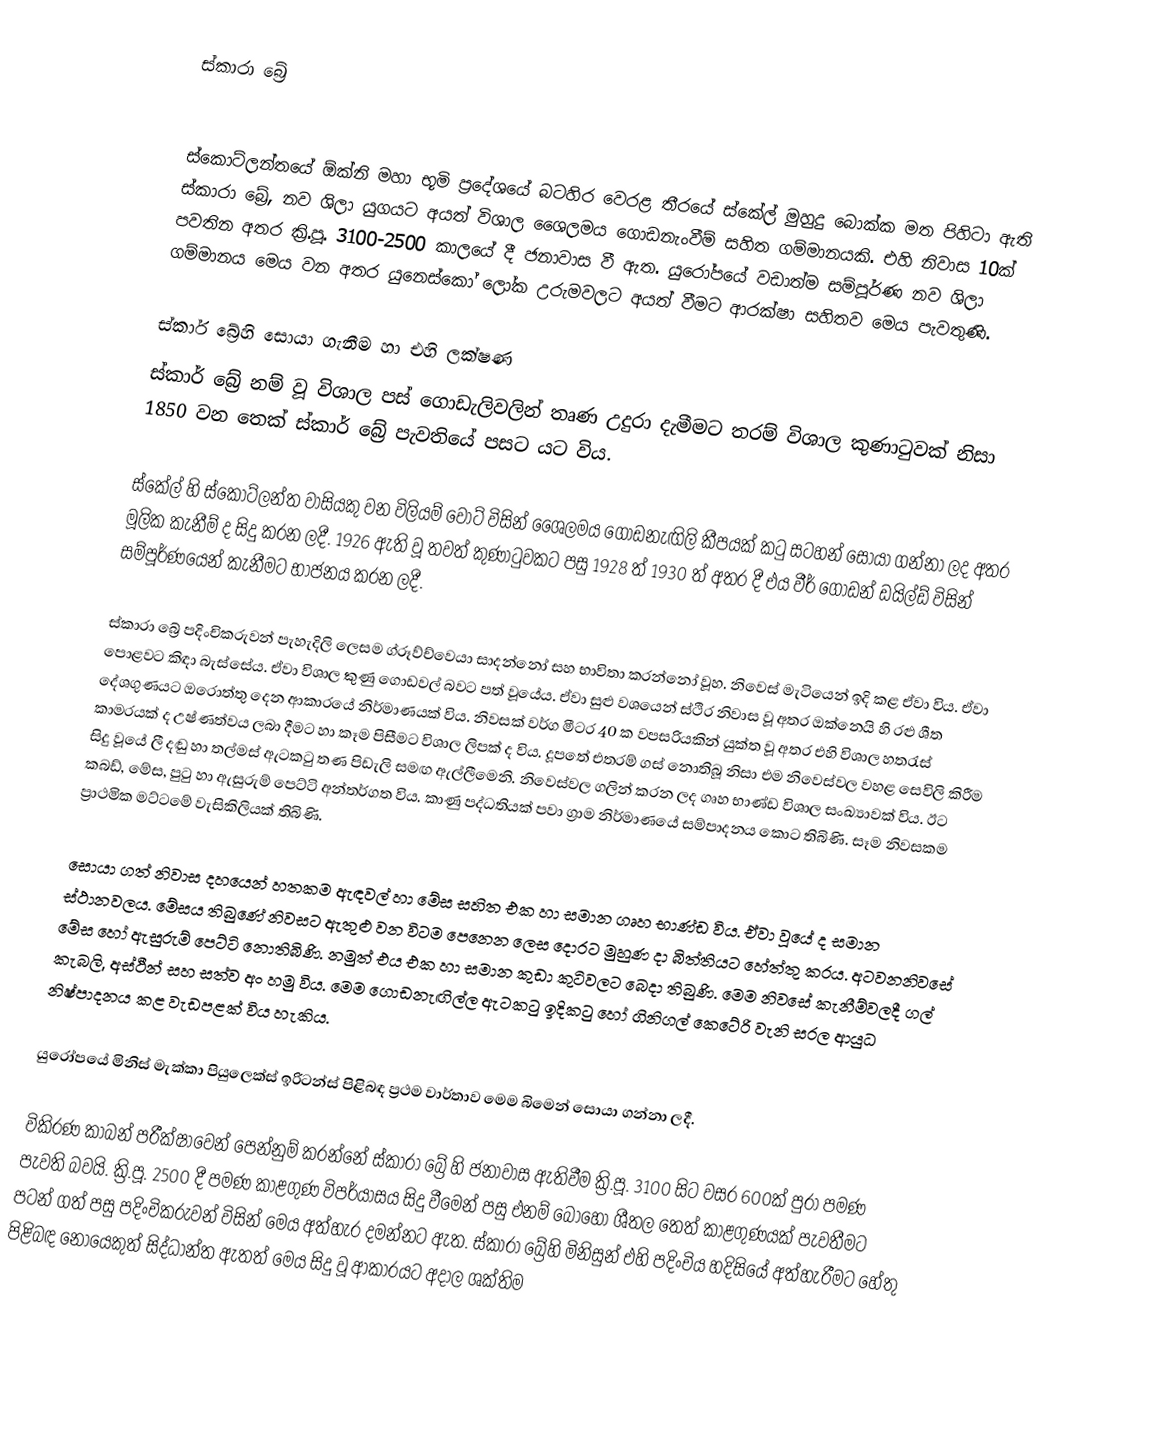
ස්කාරා බ්‍රේ

ස්කොට්ලන්තයේ ඕක්නි මහා භූමි ප්‍රදේශයේ බටහිර වෙරළ තීරයේ ස්කේල් මුහුදු බොක්ක මත පිහිටා ඇති ස්කාරා බ්‍රේ, නව ශිලා යුගයට අයත් විශාල ශෛලමය ගොඩනැංවී‍ම් සහිත ගම්මානයකි. එහි නිවාස 10ක් පවතින අතර ක්‍රි.පූ. 3100-2500 කාලයේ දී ජනාවාස වී ඇත. යුරෝපයේ වඩාත්ම සම්පූර්ණ නව ශිලා ගම්මානය මෙය වන අතර යුනෙස්කෝ ලෝක උරුමවලට අයත් වීමට ආරක්ෂා සහිතව මෙය පැවතුණි.

ස්කාර් බ්‍රේහි සොයා ගැනීම හා එහි ලක්ෂණ
ස්කාර් බ්‍රේ නම් වූ විශාල පස් ගොඩැලිවලින් තෘණ උදුරා දැමීමට තරම් විශාල කුණාටුවක් නිසා 1850 වන තෙක් ස්කාර් බ්‍රේ පැවතියේ පසට යට විය.

ස්කේල් හි ස්කොට්ලන්ත වාසියකු වන විලියම් වොට් විසින් ශෛලමය ගොඩනැඟිලි කීපයක් කටු සටහන් සොයා ගන්නා ලද අතර මූලික කැනීම් ද සිදු කරන ලදී. 1926 ඇති වූ තවත් කුණාටුවකට පසු 1928 ත් 1930 ත් අතර දී එය වීර් ගෝඩන් ඩයිල්ඩ් විසින් සම්පූර්ණයෙන් කැනීමට භාජනය කරන ලදී.

ස්කාරා බ්‍රේ පදිංචිකරුවන් පැහැදිලි ලෙසම ග්රූව්ච්වෙයා සාදන්නෝ සහ භාවිතා කරන්නෝ වූහ. නිවෙස් මැටියෙන් ඉදි කළ ඒවා විය. ඒවා පොළවට කිඳා බැස්සේය. ඒවා විශාල කුණු ගොඩවල් බවට පත් වූයේය. ඒවා සුළු වශයෙන් ස්ථිර නිවාස වූ අතර ඔක්නෙයි හි රළු ශීත දේශගුණයට ඔරොත්තු දෙන ආකාරයේ නිර්මාණයක් විය. නිවසක් වර්ග මීටර 40 ක වපසරියකින් යුක්ත වූ අතර එහි විශාල හතරැස් කාමරයක් ද උෂ්ණත්වය ලබා දීමට හා කෑම පිසීමට විශාල ලිපක් ද විය. දූපතේ එතරම් ගස් නොතිබූ නිසා එම නිවෙස්වල වහළ සෙවිලි කිරීම සිදු වූයේ ලී දඬු හා තල්මස් ඇටකටු තණ පිඩැලි සමඟ ඇල්ලීමෙනි. නිවෙස්වල ගලින් කරන ලද ගෘහ භාණ්ඩ විශාල සංඛ්‍යාවක් විය. ඊට කබඩ්, මේස, පුටු හා ඇසුරුම් පෙට්ටි අන්තර්ගත විය. කාණු පද්ධතියක් පවා ග්‍රාම නිර්මාණයේ සම්පාදනය කොට තිබිණි. සෑම නිවසකම ප්‍රාථමික මට්ටමේ වැසිකිලියක් තිබිණි.

සොයා ගත් නිවාස දහයෙන් හතකම ඇඳවල් හා මේස සහිත එක හා සමාන ගෘහ භාණ්ඩ විය. ඒවා වූයේ ද සමාන ස්ථානවලය. මේසය තිබුණේ නිවසට ඇතුළු වන විටම පෙනෙන ලෙස දොරට මුහුණ දා බිත්තියට හේත්තු කරය. අටවනනිවසේ මේස හෝ ඇසුරුම් පෙට්ටි නොතිබිණි. නමුත් එය එක හා සමාන කුඩා කුටිවලට බෙදා තිබුණි. මෙම නිවසේ කැනීම්වලදී ගල් කැබලි, අස්ථීන් සහ සත්ව අං හමු විය.  මෙම ගොඩනැඟිල්‍ල ඇටකටු ඉදිකටු හෝ ගිනිගල් කෙටේරි වැනි සරල ආයුධ නිෂ්පාදනය කළ වැඩපළක් විය හැකිය.

යුරෝපයේ මිනිස් මැක්කා පියුලෙක්ස් ඉරිටන්ස් පිළිබඳ ප්‍රථම වාර්තාව මෙම බිමෙන් සොයා ගන්නා ලදී.

විකිරණ කාබන් පරීක්ෂාවෙන් පෙන්නුම් කරන්නේ ස්කාරා බ්‍රේ හි ජනාවාස ඇතිවීම ක්‍රි.පූ. 3100 සිට වසර 600ක් පුරා පමණ පැවති බවයි. ක්‍රි.පූ. 2500 දී පමණ කාළගුණ විපර්යාසය සිදු වීමෙන් පසු එනම් බොහෝ ශීතල තෙත් කාළගුණයක් පැවතීමට පටන් ගත් පසු පදිංචිකරුවන් විසින් මෙය අත්හැර දමන්නට ඇත. ස්කාරා බ්‍රේහි මිනිසුන් එහි පදිංචිය හදිසියේ අත්හැරීමට හේතු පිළිබඳ නොයෙකුත් සිද්ධාන්ත ඇතත් මෙය සිදු වූ ආකාරයට අදාල ශක්තිම